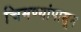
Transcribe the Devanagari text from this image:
चिमण्यांपासून